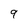
Character: 9